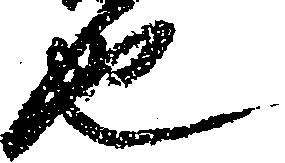
也